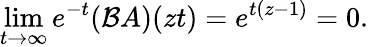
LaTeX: \operatorname*{lim}_{t\rightarrow\infty}e^{-t}({\mathcal{B}}A)(zt)=e^{t(z-1)}=0.